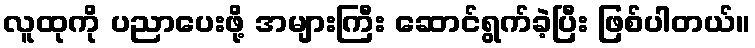
လူထုကို ပညာပေးဖို့ အများကြီး ဆောင်ရွက်ခဲ့ပြီး ဖြစ်ပါတယ်။